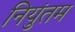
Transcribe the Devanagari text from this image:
नियुंतम